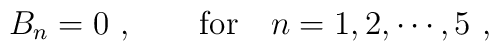
B_n = 0  \ ,~~~~~~ {\rm for} ~~~ n = 1,2,\cdots,5 \ ,